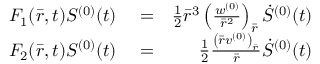
\begin{array} { r l r } { F _ { 1 } ( \bar { r } , t ) S ^ { ( 0 ) } ( t ) } & { { } = } & { \frac { 1 } { 2 } \bar { r } ^ { 3 } \left( \frac { w ^ { ( 0 ) } } { \bar { r } ^ { 2 } } \right) _ { \bar { r } } \dot { S } ^ { ( 0 ) } ( t ) } \\ { F _ { 2 } ( \bar { r } , t ) S ^ { ( 0 ) } ( t ) } & { { } = } & { \frac { 1 } { 2 } \frac { \left( \bar { r } v ^ { ( 0 ) } \right) _ { \bar { r } } } { \bar { r } } \dot { S } ^ { ( 0 ) } ( t ) } \end{array}